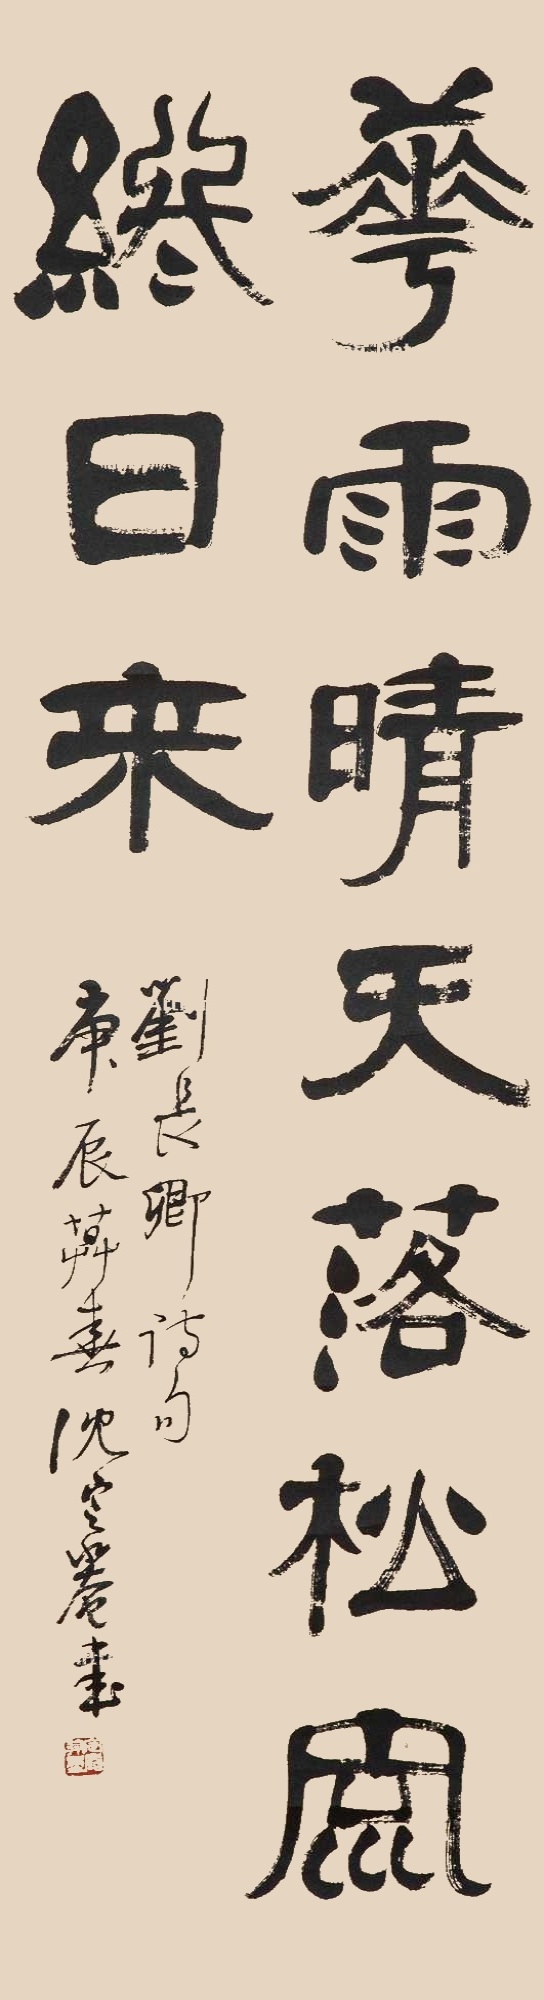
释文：花雨晴天落，松风终日来。刘长卿诗句，庚辰暮春沈定庵书。